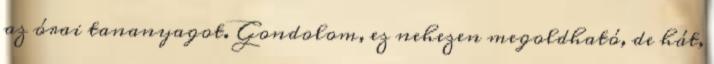
az órai tananyagot. Gondolom, ez nehezen megoldható, de hát,